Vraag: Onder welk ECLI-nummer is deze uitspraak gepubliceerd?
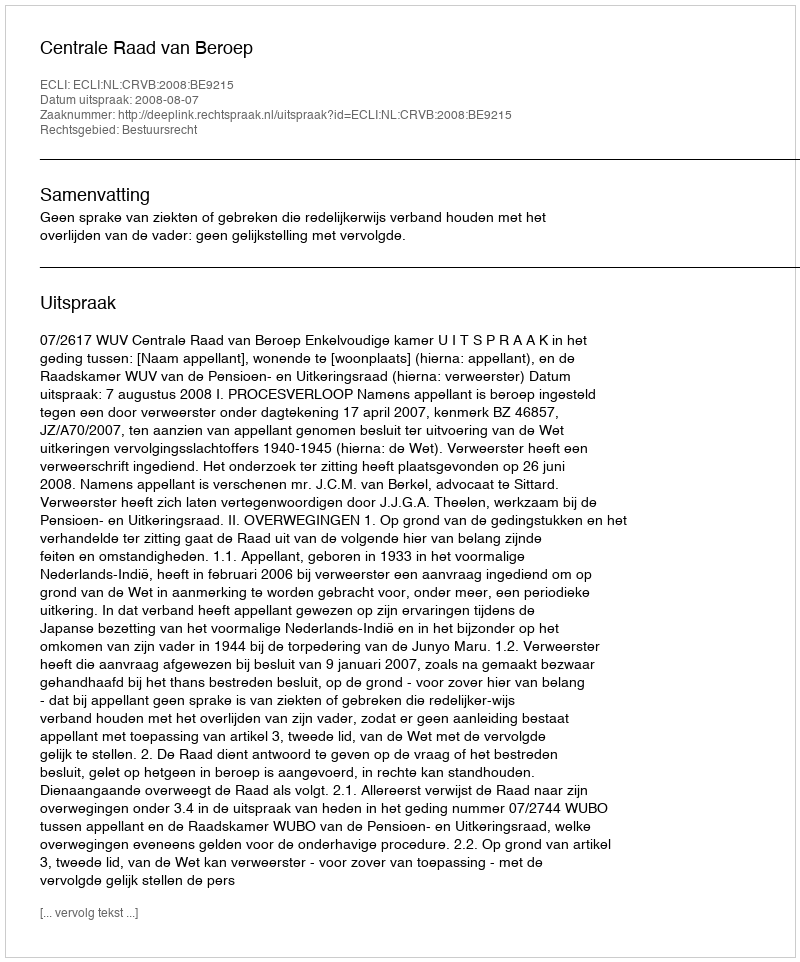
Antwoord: ECLI:NL:CRVB:2008:BE9215